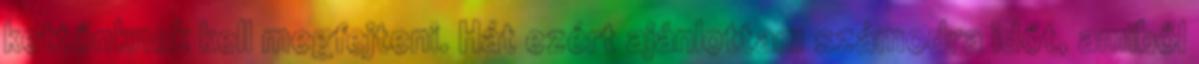
kettőnknek kell megfejteni. Hát ezért ajánlottam számodra időt, amiből